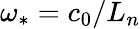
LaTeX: \omega_{\ast}=c_{0}/L_{n}